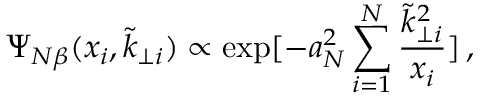
\Psi _ { N \beta } ( x _ { i } , \tilde { k } _ { \perp i } ) \propto \exp [ - a _ { N } ^ { 2 } \sum _ { i = 1 } ^ { N } \frac { \tilde { k } _ { \perp i } ^ { 2 } } { x _ { i } } ] \, ,